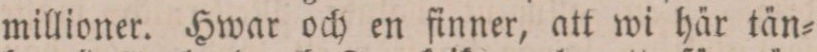
millioner. Hwar och en finner, att wi här tän=